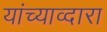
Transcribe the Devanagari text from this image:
यांच्याव्दारा